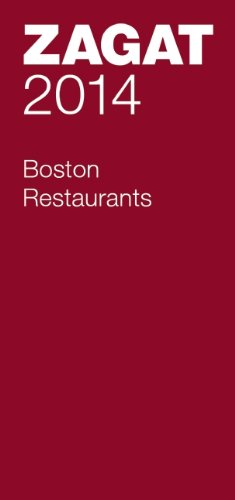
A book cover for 2014 Boston Restaurants (Zagat Survey: Boston Restaurants); Travel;